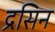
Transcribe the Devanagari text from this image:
द्रसिन